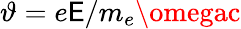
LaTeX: \vartheta=e\mathsf{E}/m_{e}\omegac